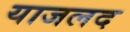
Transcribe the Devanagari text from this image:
याजलद